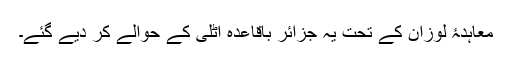
معاہدۂ لوزان کے تحت یہ جزائر باقاعدہ اٹلی کے حوالے کر دیے گئے۔